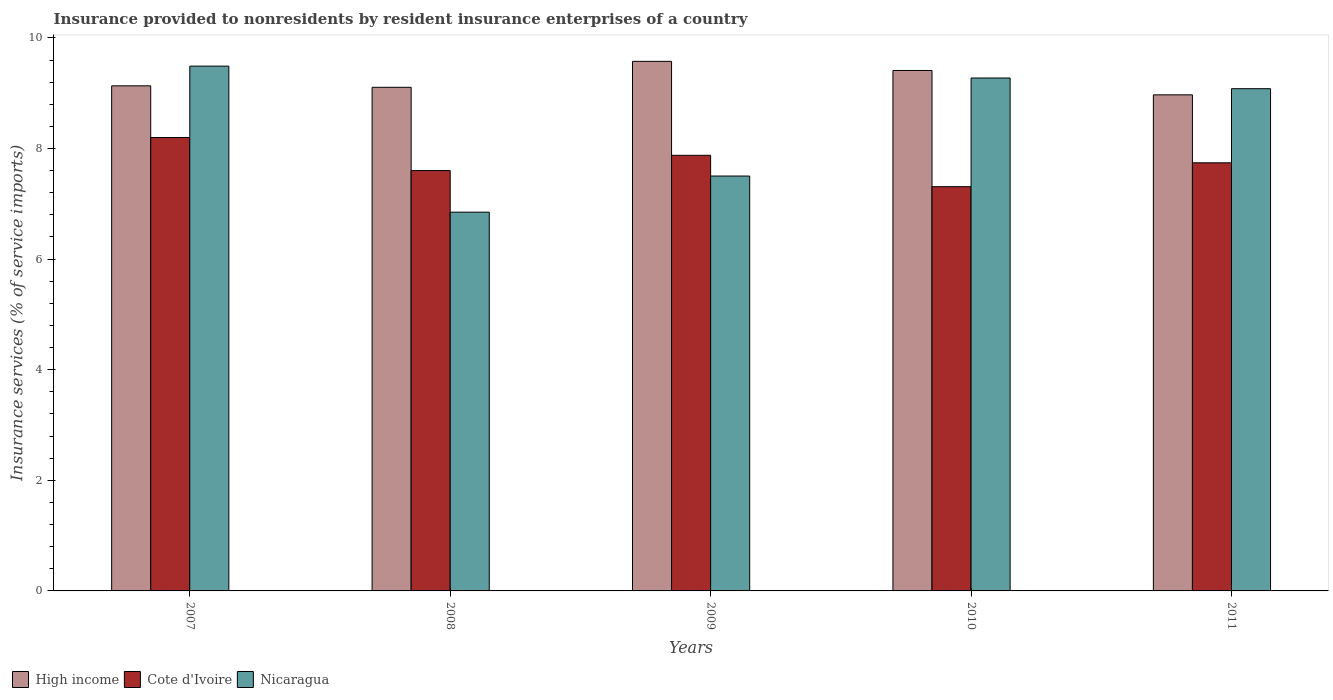
| Years | High income | Cote d'Ivoire | Nicaragua |
 | --- | --- | --- | --- |
 | 2007 | 9.13 | 8.2 | 9.49 |
 | 2008 | 9.11 | 7.6 | 6.85 |
 | 2009 | 9.58 | 7.88 | 7.5 |
 | 2010 | 9.41 | 7.31 | 9.27 |
 | 2011 | 8.97 | 7.74 | 9.08 |